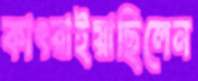
কাৎরাইয়াছিলেন